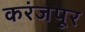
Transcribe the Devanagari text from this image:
करंजपूर